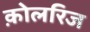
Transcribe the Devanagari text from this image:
क़ोलरिज